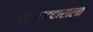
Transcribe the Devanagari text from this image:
कंत्राटदाराला